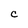
Character: c